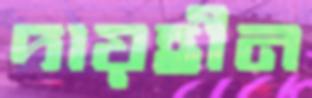
দায়হীন